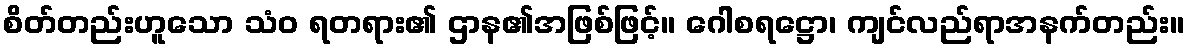
စိတ်တည်းဟူသော သံဝ ရတရား၏ ဌာန၏အဖြစ်ဖြင့်။ ဂေါစရဋ္ဌော၊ ကျင်လည်ရာအနက်တည်း။